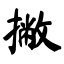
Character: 撇